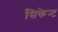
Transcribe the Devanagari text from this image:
सिकेन्ट